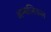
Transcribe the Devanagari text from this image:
अम्बलिकल